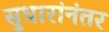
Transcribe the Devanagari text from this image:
सुधारांनंतर